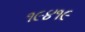
૧૯૪૧૯